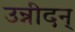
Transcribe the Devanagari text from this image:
उन्नीदन्